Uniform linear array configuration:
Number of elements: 12
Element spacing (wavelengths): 0.25
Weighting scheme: exponential
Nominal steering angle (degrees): -15
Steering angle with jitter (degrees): -14.466
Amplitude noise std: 0.05
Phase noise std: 0.05

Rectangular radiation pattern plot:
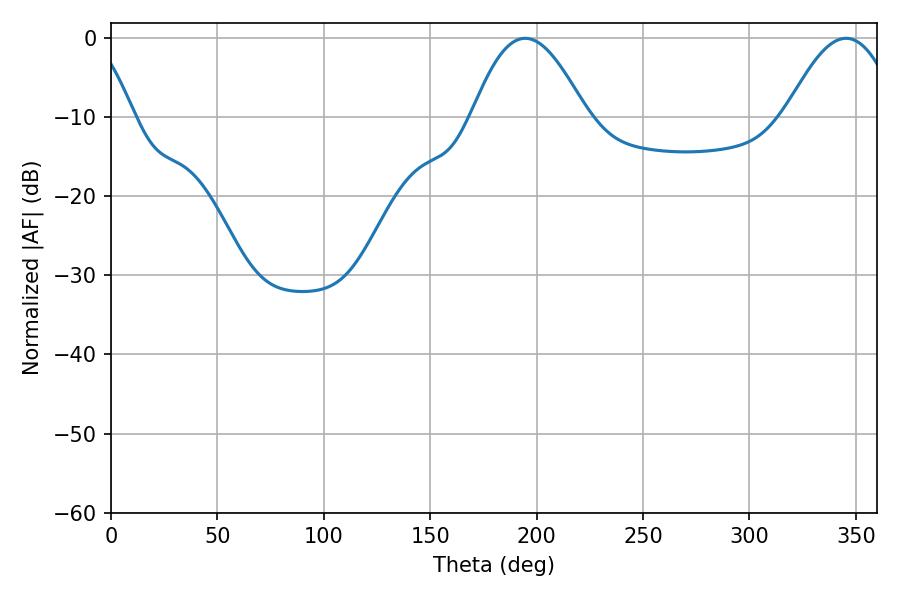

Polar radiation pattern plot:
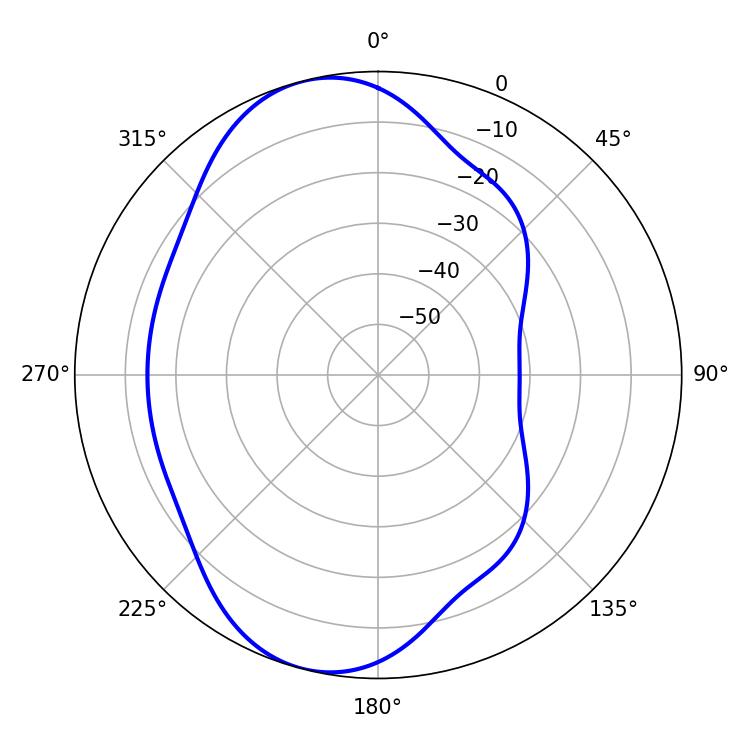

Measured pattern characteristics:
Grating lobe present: FALSE
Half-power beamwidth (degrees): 28.98
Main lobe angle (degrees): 194.58